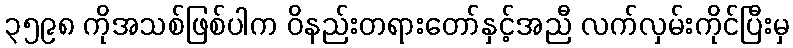
၃၅၉၈ ကိုအသစ်ဖြစ်ပါက ဝိနည်းတရားတော်နှင့်အညီ လက်လှမ်းကိုင်ပြီးမှ